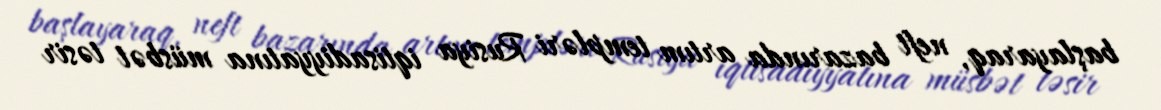
başlayaraq, neft bazarında artım templəri Rusiya iqtisadiyyatına müsbət təsir